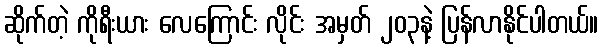
ဆိုက်တဲ့ ကိုရီးယား လေကြောင်း လိုင်း အမှတ် ၂၀၃နဲ့ ပြန်လာနိုင်ပါတယ်။